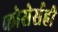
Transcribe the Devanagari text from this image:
कोसेर्सही